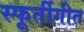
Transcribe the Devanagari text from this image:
स्फूर्तीगीत